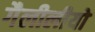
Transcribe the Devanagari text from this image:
गैलीलीयो